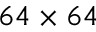
6 4 \times 6 4